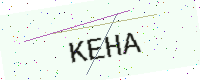
Text: KEHA